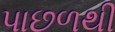
પાછળથી